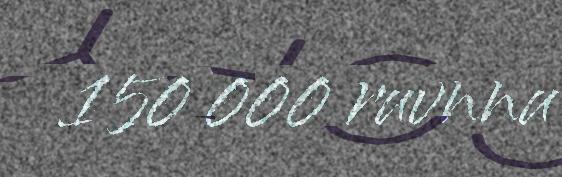
150 000 ruvnnu